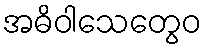
အဓိဝါသေတွေဝ